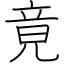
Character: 竟